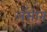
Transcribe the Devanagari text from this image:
लॅसोन